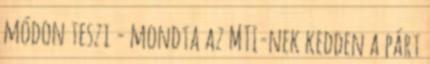
módon teszi - mondta az MTI-nek kedden a párt